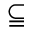
\subseteqq